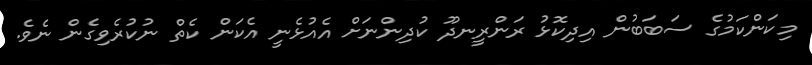
މިކަންކަމުގެ ސަބަބުން އިދިކޮޅު ރަންރީނދޫ ކުދިންނަށް އެއުޅެނީ އެކަން ކެތް ނުކުރެވިގެން ނެވެ.